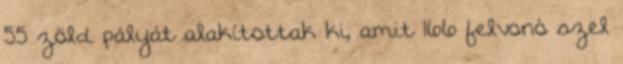
55 zöld pályát alakítottak ki, amit 166 felvonó szel